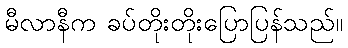
မီလာနီက ခပ်တိုးတိုးပြောပြန်သည်။